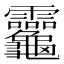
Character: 𪛈